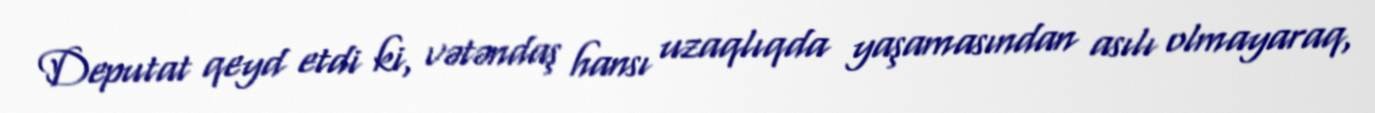
Deputat qeyd etdi ki, vətəndaş hansı uzaqlıqda yaşamasından asılı olmayaraq,